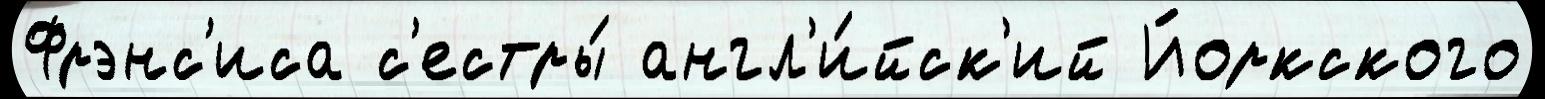
Фрэнс'иса с'естры́ англ'и́йск'ий Йоркского